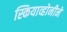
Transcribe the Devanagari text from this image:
स्कियाव्होनीने